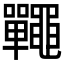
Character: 𪓽